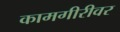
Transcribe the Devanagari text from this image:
कामगीरीवर